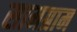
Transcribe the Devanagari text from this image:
सामग्राम